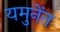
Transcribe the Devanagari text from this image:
यमुनेंत